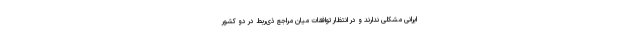
ایرانی مشکلی ندارند و در انتظار توافقات میان مراجع ذی‌ربط در دو کشور